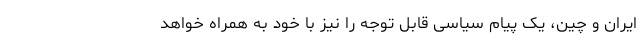
ایران و چین، یک پیام سیاسی قابل توجه را نیز با خود به همراه خواهد